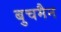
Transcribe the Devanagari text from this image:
बुचमैन